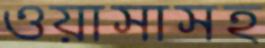
ওয়াসাসহ